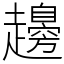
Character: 䟍